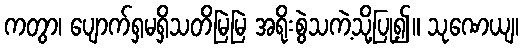
ကတွာ၊ ပျောက်ရှမရှိသတိမြဲမြဲ အရိုးစွဲသကဲ့သို့ပြု၍။ သုဏေယျ၊